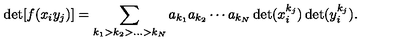
\det [ f ( x _ { i } y _ { j } ) ] = \sum _ { k _ { 1 } > k _ { 2 } > \ldots > k _ { N } } a _ { k _ { 1 } } a _ { k _ { 2 } } \cdots a _ { k _ { N } } \det ( x _ { i } ^ { k _ { j } } ) \det ( y _ { i } ^ { k _ { j } } ) .